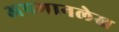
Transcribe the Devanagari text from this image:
अपमानलेख